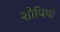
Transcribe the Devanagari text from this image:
शोपियां